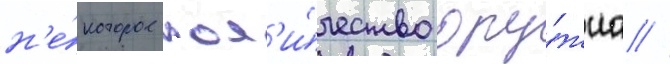
н'е́которое кол'и́чество ору́жиа //